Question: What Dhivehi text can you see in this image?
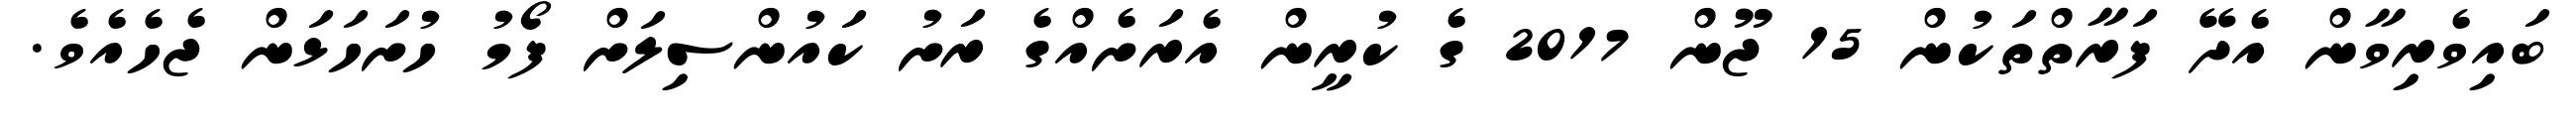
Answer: ބައިވެރިވާން އެދޭ ފަރާތްތަކުން 15 ޖޫން 2017 ގެ ކުރީން އެރަށެއްގެ ރަށު ކައުންސިލަށް ފޯމު ހުށަހަޅަން ޖެހެއެވެ.